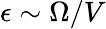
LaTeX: \epsilon\sim\Omega/V